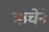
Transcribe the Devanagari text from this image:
ऋचेने